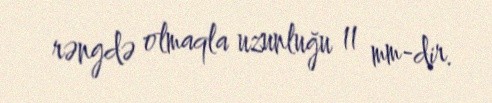
rəngdə olmaqla uzunluğu 11 mm-dir.